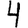
Digit: 4